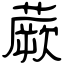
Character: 蕨